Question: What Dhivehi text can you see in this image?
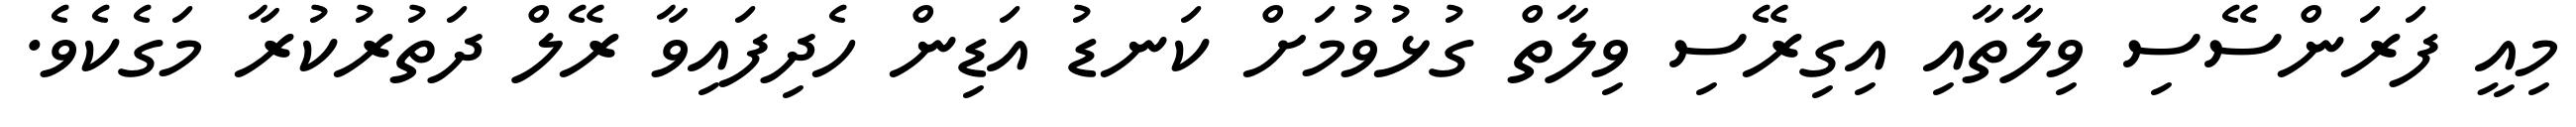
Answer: މިއީ ފަރަންސޭސި ވިލާތާއި އިގިރޭސި ވިލާތް ގުޅުވުމަށް ކަނޑު އަޑިން ހެދިފައިވާ ރޭލް ދަތުރުކުރާ މަގެކެވެ.